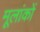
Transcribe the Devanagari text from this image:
मूलांकों